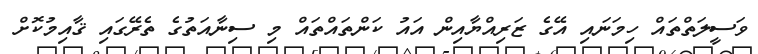
ވަސީލަތްތައް ހިމަނައި އޭގެ ޒަރިއްޔާއިން އައު ކަންތައްތައް މި ސިނާއަތުގެ ތެރޭގައި ޤާއިމުކޮށް